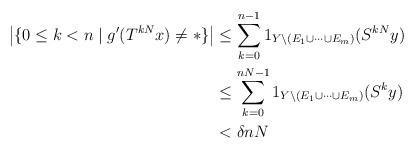
LaTeX: \begin{align*} \left|\{0\leq k <n \mid g^\prime(T^{kN}x) \neq *\}\right| & \leq \sum_{k=0}^{n-1} 1_{Y\setminus (E_1\cup \dots \cup E_m)}(S^{kN} y) \\ & \leq \sum_{k=0}^{nN-1}1_{Y\setminus (E_1\cup \dots \cup E_m)}(S^{k} y) \\ & < \delta nN \end{align*}